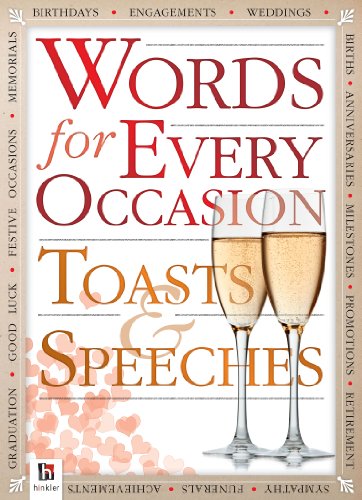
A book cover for Words for All Occasions: Toasts and Speeches; Hinkler Books; Literature & Fiction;